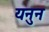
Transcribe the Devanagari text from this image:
यनुन